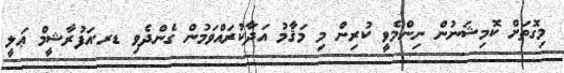
މިގޮތަށް ކޮމިޝަނުން ނިންމެވީ ކުރިން މި މަޤާމު އަދާކުރައްވަމުން ގެންދެވި ޑރ.އަފުރާޝީމް ޢަލީ